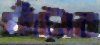
ঘাঁটাব